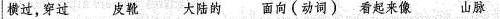
横过,穿过 皮靴 大陆的 面向(动词) 看起来像 山脉